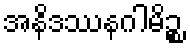
အနိဒဿနဂါမိဉ္စ